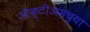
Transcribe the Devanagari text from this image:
ऑक्टीअमच्या